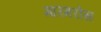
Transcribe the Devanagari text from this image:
मारमरोस